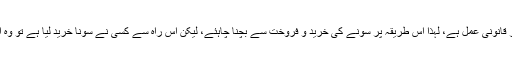
۷- اسمگلنگ غیر قانونی عمل ہے، لہٰذا اس طریقہ پر سونے کی خرید و فروخت سے بچنا چاہئے، لیکن اس راہ سے کسی نے سونا خرید لیا ہے تو وہ اس کا مالک ہے۔